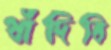
ধাঁদিবি